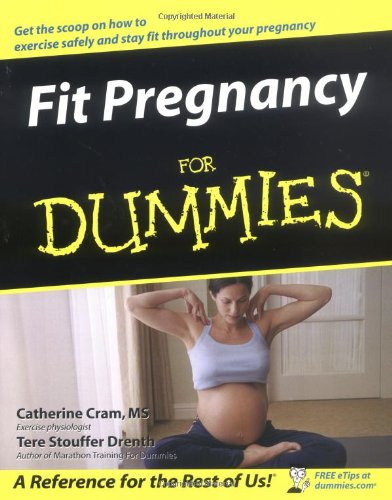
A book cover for Fit Pregnancy For Dummies; Catherine Cram; Health, Fitness & Dieting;